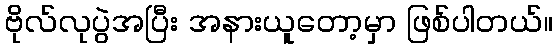
ဗိုလ်လုပွဲအပြီး အနားယူတော့မှာ ဖြစ်ပါတယ်။